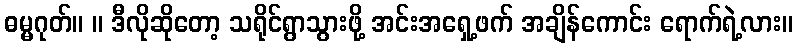
ဓမ္မဂုတ်။ ။ ဒီလိုဆိုတော့ သရိုင်ရွာသွားဖို့ အင်းအရှေ့ဖက် အချိန်ကောင်း ရောက်ရဲ့လား။